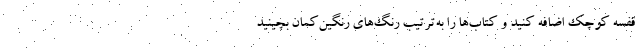
قفسه کوچک اضافه کنید و کتاب‌ها را به‌ترتیب رنگ‌های رنگین‌کمان بچینید